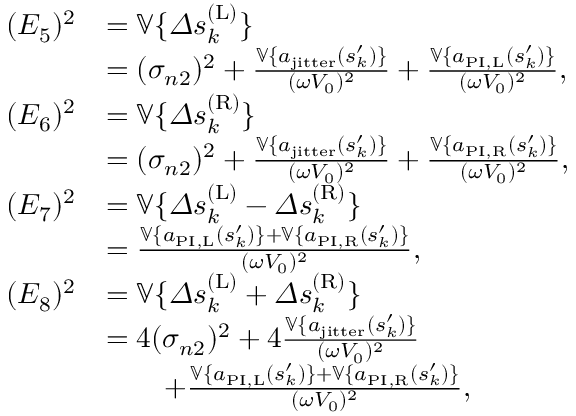
\begin{array} { r l } { ( E _ { 5 } ) ^ { 2 } } & { = \mathbb { V } \{ \varDelta s _ { k } ^ { ( \mathrm { L } ) } \} } \\ & { = ( \sigma _ { n 2 } ) ^ { 2 } + \frac { \mathbb { V } \{ a _ { \mathrm { j i t t e r } } ( s _ { k } ^ { \prime } ) \} } { ( \omega V _ { 0 } ) ^ { 2 } } + \frac { \mathbb { V } \{ a _ { \mathrm { P I , L } } ( s _ { k } ^ { \prime } ) \} } { ( \omega V _ { 0 } ) ^ { 2 } } , } \\ { ( E _ { 6 } ) ^ { 2 } } & { = \mathbb { V } \{ \varDelta s _ { k } ^ { ( \mathrm { R } ) } \} } \\ & { = ( \sigma _ { n 2 } ) ^ { 2 } + \frac { \mathbb { V } \{ a _ { \mathrm { j i t t e r } } ( s _ { k } ^ { \prime } ) \} } { ( \omega V _ { 0 } ) ^ { 2 } } + \frac { \mathbb { V } \{ a _ { \mathrm { P I , R } } ( s _ { k } ^ { \prime } ) \} } { ( \omega V _ { 0 } ) ^ { 2 } } , } \\ { ( E _ { 7 } ) ^ { 2 } } & { = \mathbb { V } \{ \varDelta s _ { k } ^ { ( \mathrm { L } ) } - \varDelta s _ { k } ^ { ( \mathrm { R } ) } \} } \\ & { = \frac { \mathbb { V } \{ a _ { \mathrm { P I , L } } ( s _ { k } ^ { \prime } ) \} + \mathbb { V } \{ a _ { \mathrm { P I , R } } ( s _ { k } ^ { \prime } ) \} } { ( \omega V _ { 0 } ) ^ { 2 } } , } \\ { ( E _ { 8 } ) ^ { 2 } } & { = \mathbb { V } \{ \varDelta s _ { k } ^ { ( \mathrm { L } ) } + \varDelta s _ { k } ^ { ( \mathrm { R } ) } \} } \\ & { = 4 ( \sigma _ { n 2 } ) ^ { 2 } + 4 \frac { \mathbb { V } \{ a _ { \mathrm { j i t t e r } } ( s _ { k } ^ { \prime } ) \} } { ( \omega V _ { 0 } ) ^ { 2 } } } \\ & { \quad \quad + \frac { \mathbb { V } \{ a _ { \mathrm { P I , L } } ( s _ { k } ^ { \prime } ) \} + \mathbb { V } \{ a _ { \mathrm { P I , R } } ( s _ { k } ^ { \prime } ) \} } { ( \omega V _ { 0 } ) ^ { 2 } } , } \end{array}